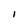
Character: I